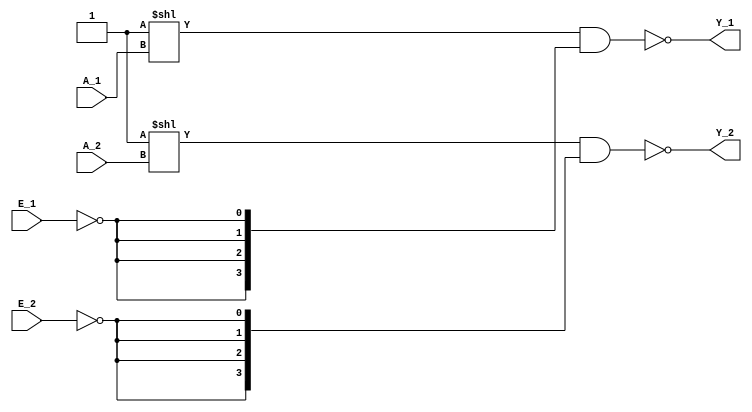


//Dual 2-to-4 line decoder/demultiplexer
//note inverted output and active LOW E signals
module ic_74139(
    Y_1,
    A_1, E_1,
    Y_2,
    A_2, E_2);
    output [3:0] Y_1, Y_2;
    input [1:0] A_1, A_2;
    input E_1, E_2;

    assign Y_1 = ~((4'b0001 << A_1) & {4{~E_1}});
    assign Y_2 = ~((4'b0001 << A_2) & {4{~E_2}});

endmodule